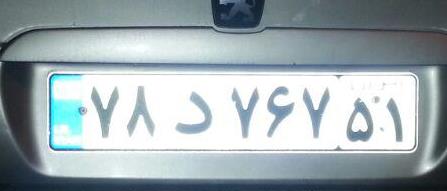
۷۸د۷۶۷۵۱